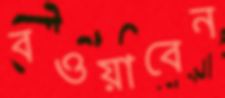
বওয়াবেন